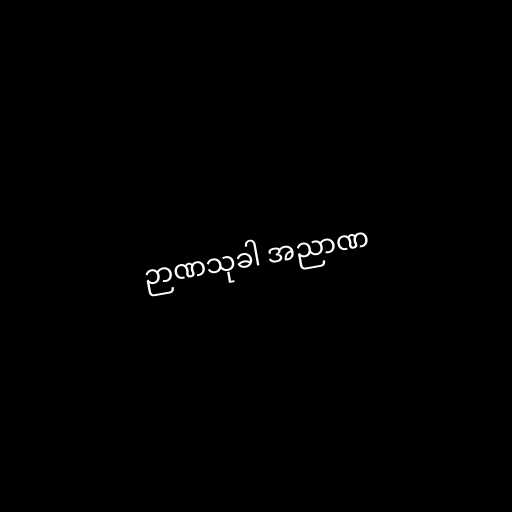
ဉာဏသုခါ အညာဏ